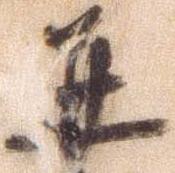
并